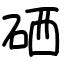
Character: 硒